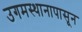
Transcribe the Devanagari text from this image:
उगमस्थानापासून